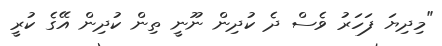
"މިދިޔަ ފަހަރު ވެސް ދެ ކުދިން ނޫނީ ތިން ކުދިން އޭގެ ކުރީ